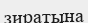
зиратына